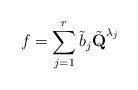
LaTeX: \begin{align*}f=\sum_{j=1}^r\tilde b_j\tilde{\textbf{Q}}^{\lambda_j}\end{align*}